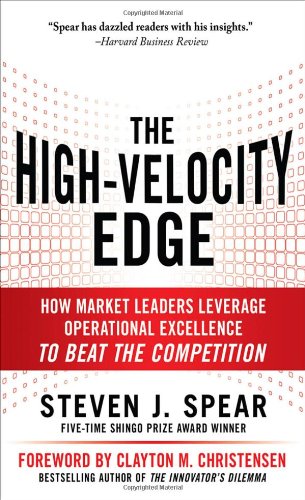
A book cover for The High-Velocity Edge: How Market Leaders Leverage Operational Excellence to Beat the Competition; Steven J. Spear; Business & Money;